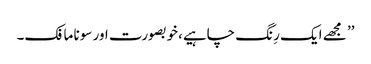
’’ مجھے ایک رِنگ چاہیے،خوبصورت اور سونا مافک۔